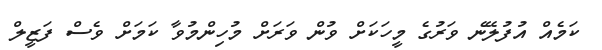
ކަމެއް އުފުލޭނެ ވަރުގެ މީހަކަށް ވުން ވަރަށް މުހިންމުވާ ކަމަށް ވެސް ފަޒީލް